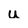
Character: u